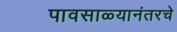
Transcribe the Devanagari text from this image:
पावसाळ्यानंतरचे